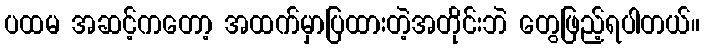
ပထမ အဆင့်ကတော့ အထက်မှာပြထားတဲ့အတိုင်းဘဲ တွေဖြည့်ရပါတယ်။